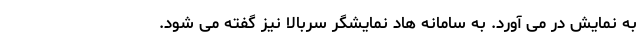
به نمایش در می آورد. به سامانه هاد نمایشگر سربالا نیز گفته می شود.